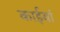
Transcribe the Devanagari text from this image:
काईयां